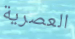
العصرية